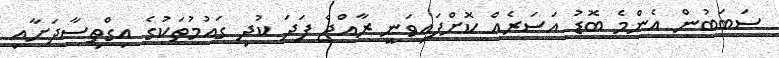
ސަބަބުން އެންމެ ބޮޑު އަސަރެއްް ކޮށްފައިވަނީ ރާއްޖެ ފަދަ ކުދި ގައުމުތަކުގެ އިގްތިސާދަށާއި